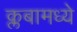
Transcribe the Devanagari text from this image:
क्लबामध्ये